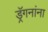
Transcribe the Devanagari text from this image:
ड्रॅगनांना